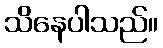
သိနေပါသည်။